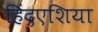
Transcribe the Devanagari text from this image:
हिंदएशिया